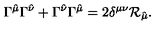
\Gamma ^ { \hat { \mu } } \Gamma ^ { \hat { \nu } } + \Gamma ^ { \hat { \nu } } \Gamma ^ { \hat { \mu } } = 2 \delta ^ { \mu \nu } \mathcal { R } _ { \hat { \mu } } .